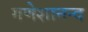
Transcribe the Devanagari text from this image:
गणेशानन्द